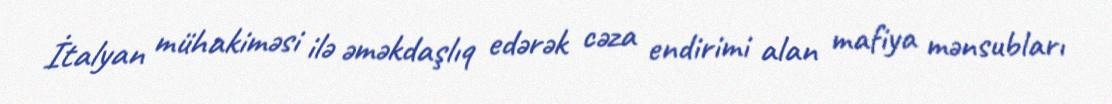
İtalyan mühakiməsi ilə əməkdaşlıq edərək cəza endirimi alan mafiya mənsubları